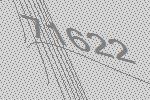
71622